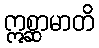
ဣစ္ဆာမာတိ